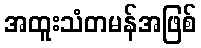
အထူးသံတမန်အဖြစ်